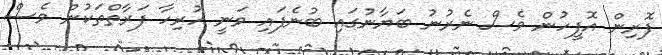
ފޮރިން އޮފީހުން ވެސް ނެރުނު ބަޔާނުގައި ބުނެފައި ވަނީ ހުރިހާ ފަރާތްތަކުން ވެސް